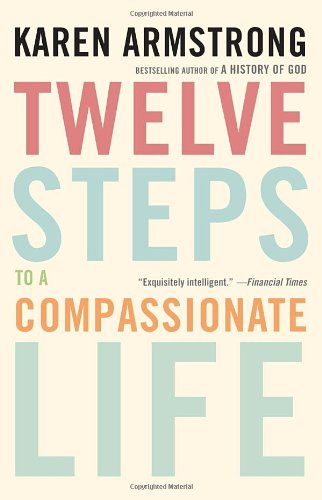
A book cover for Twelve Steps to a Compassionate Life; Karen Armstrong; Self-Help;